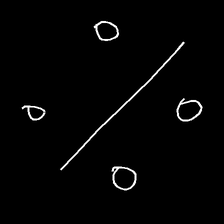
Glyph: cool